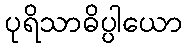
ပုရိသာဓိပ္ပါယော